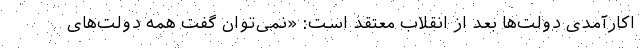
اکارآمدی دولت‌ها بعد از انقلاب معتقد است: «نمی‌توان گفت همه دولت‌های